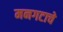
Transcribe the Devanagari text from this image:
मनगटाचे